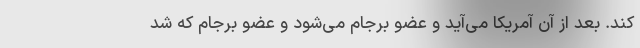
کند. بعد از آن آمریکا می‌آید و عضو برجام می‌شود و عضو برجام که شد